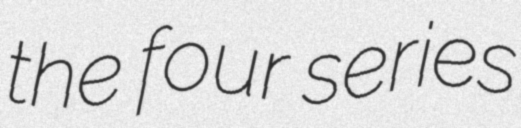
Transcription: the four series